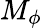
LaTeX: M_{\phi}